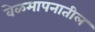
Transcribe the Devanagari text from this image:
वेळमापनातील